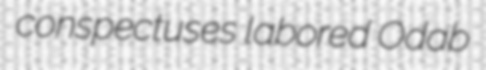
conspectuses labored Odab